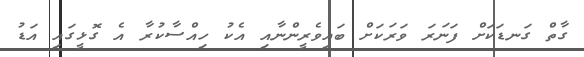
ގާތް ގަނޑަކަށް ފަނަރަ ވަރަކަށް ބައިވެރީންނާއި އެކު ހިއްސާކުރާ އެ ގޮޅީގައި އަޑު